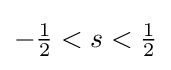
-{\tfrac {1}{2}}<s<{\tfrac {1}{2}}